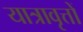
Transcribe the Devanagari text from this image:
यात्रावृत्तों